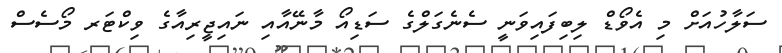
ސަލާހުއަށް މި އެވޯޑް ލިބިފައިވަނީ ސެނެގަލްގެ ސަޑިއޯ މާނޭއާއި ނައިޖީރިއާގެ ވިކްޓަރ މޯސެސް